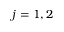
j = 1 , 2